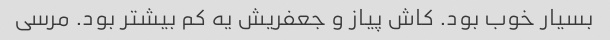
بسیار خوب بود. کاش پیاز و جعفریش یه کم بیشتر بود. مرسی